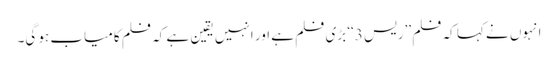
انہوں نے کہا کہ فلم ’’ریس 3‘‘ بڑی فلم ہے اور انہیں یقین ہے کہ فلم کامیاب ہو گی۔